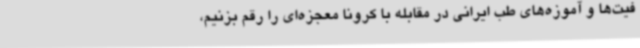
فیت‌ها و آموزه‌های طب ایرانی در مقابله با کرونا معجزه‌ای را رقم بزنیم،